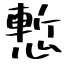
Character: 慙